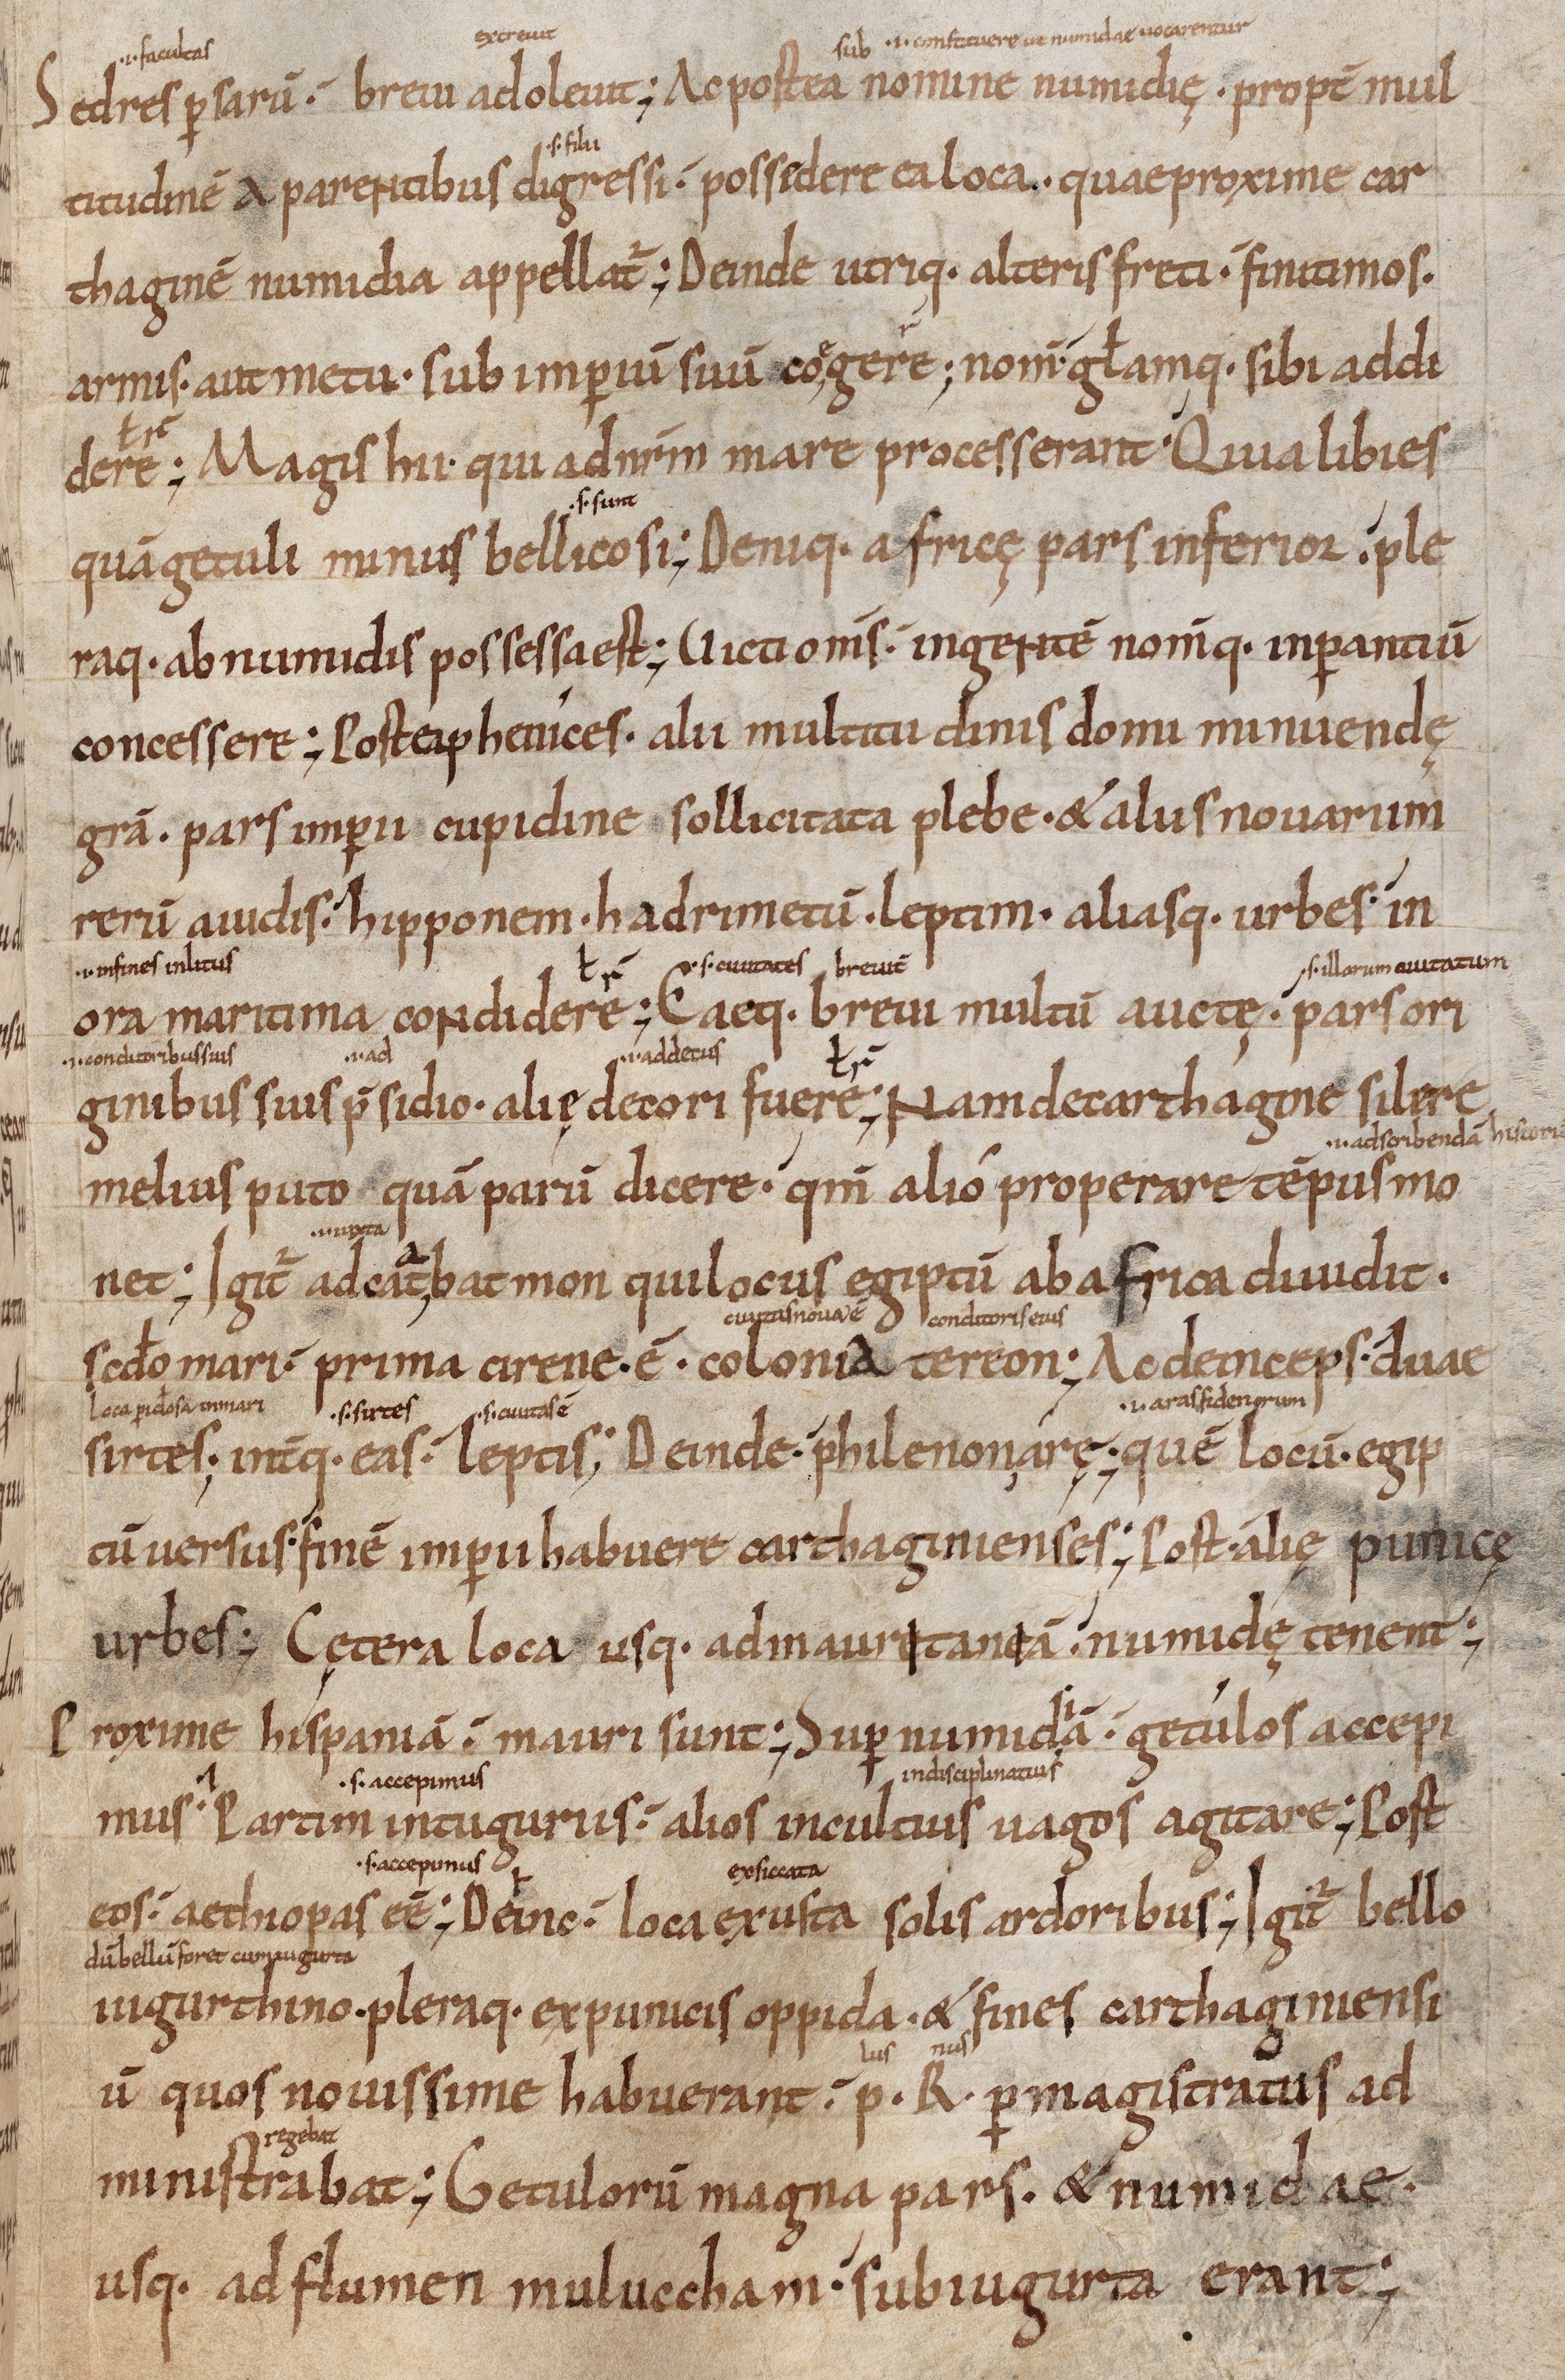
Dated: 1000–1099